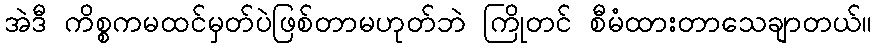
အဲဒီ ကိစ္စကမထင်မှတ်ပဲဖြစ်တာမဟုတ်ဘဲ ကြိုတင် စီမံထားတာသေချာတယ်။